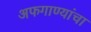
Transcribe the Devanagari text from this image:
अफगाण्यांचा